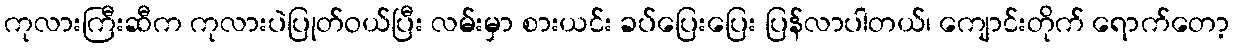
ကုလားကြီးဆီက ကုလားပဲပြုတ်ဝယ်ပြီး လမ်းမှာ စားယင်း ခပ်ပြေးပြေး ပြန်လာပါတယ်၊ ကျောင်းတိုက် ရောက်တော့